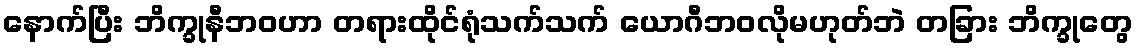
နောက်ပြီး ဘိက္ခုနီဘဝဟာ တရားထိုင်ရုံသက်သက် ယောဂီဘဝလိုမဟုတ်ဘဲ တခြား ဘိက္ခုတွေ